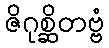
ဇိဂုစ္ဆိတဗ္ဗံ